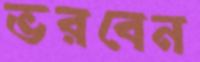
ভরবেন